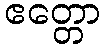
ဧတ္တော